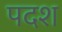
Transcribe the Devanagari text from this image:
पदश